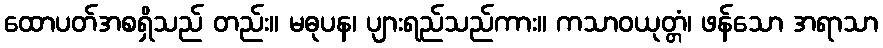
ထောပတ်အစရှိသည် တည်း။ မဓုပန၊ ပျားရည်သည်ကား။ ကသာဝယုတ္တံ၊ ဖန်သော အရာသာ